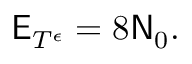
\mathsf { E } _ { T ^ { \epsilon } } = 8 \mathsf { N } _ { 0 } .